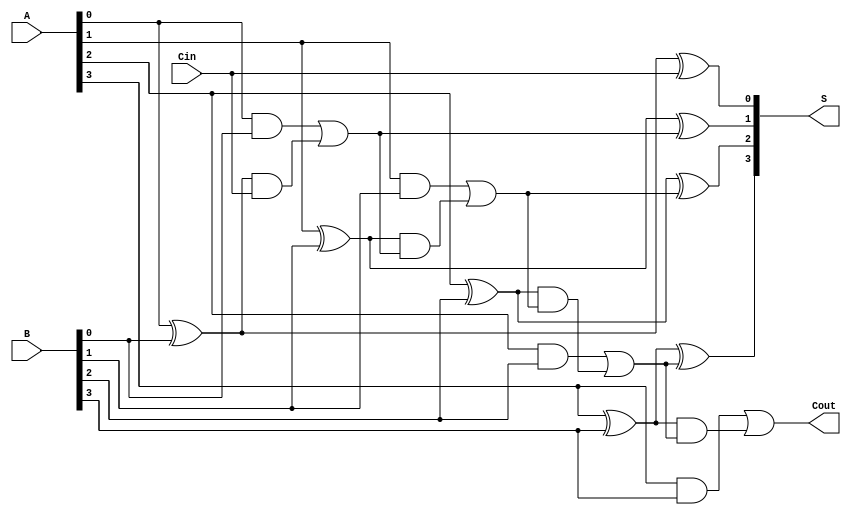
module CILA #(parameter n = 4) (
    input  wire [n-1:0] A,      // First n-bit binary number
    input  wire [n-1:0] B,      // Second n-bit binary number
    input  wire Cin,             // Carry-in signal
    output wire [n-1:0] S,       // n-bit sum output
    output wire Cout             // Carry-out signal
);

    // Generate and Propagate signals
    wire [n-1:0] G;  // Generate signals
    wire [n-1:0] P;  // Propagate signals
    wire [n:0] C;    // Carry signals (C[0] is Cin)

    // Generate and Propagate logic
    genvar i;
    generate
        for (i = 0; i < n; i = i + 1) begin: gen_prop
            assign G[i] = A[i] & B[i];   // Generate
            assign P[i] = A[i] ^ B[i];   // Propagate
        end
    endgenerate

    // Carry generation logic
    assign C[0] = Cin; // Initial carry-in
    generate
        for (i = 1; i <= n; i = i + 1) begin: carry_gen
            assign C[i] = G[i-1] | (P[i-1] & C[i-1]);
        end
    endgenerate

    // Sum calculation
    generate
        for (i = 0; i < n; i = i + 1) begin: sum_calc
            assign S[i] = P[i] ^ C[i]; // Sum
        end
    endgenerate

    // Carry-out signal
    assign Cout = C[n]; // Final carry-out

endmodule